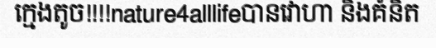
ក្មេងតូច!!!!nature4alllifeបានវោហា និងគំនិត